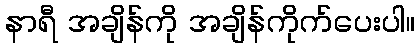
နာရီ အချိန်ကို အချိန်ကိုက်ပေးပါ။